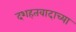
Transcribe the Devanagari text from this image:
दशहतवादाच्या